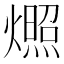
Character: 燳